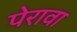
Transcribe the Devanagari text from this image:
पेरावा